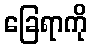
ခြေရာကို